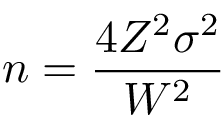
n = { \frac { 4 Z ^ { 2 } \sigma ^ { 2 } } { W ^ { 2 } } }